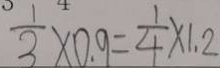
\frac { 1 } { 3 } \times 0 . 9 = \frac { 1 } { 4 } \times 1 . 2